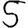
Digit: 5